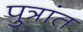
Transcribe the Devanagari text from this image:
पुत्रांत